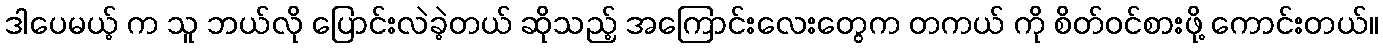
ဒါပေမယ့် က သူ ဘယ်လို ပြောင်းလဲခဲ့တယ် ဆိုသည့် အကြောင်းလေးတွေက တကယ် ကို စိတ်ဝင်စားဖို့ ကောင်းတယ်။